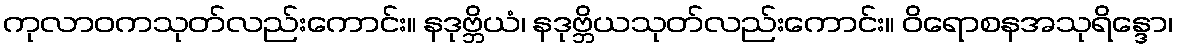
ကုလာဝကသုတ်လည်းကောင်း။ နဒုဗ္ဘိယံ၊ နဒုဗ္ဘိယသုတ်လည်းကောင်း။ ဝိရောစနအသုရိန္ဒော၊